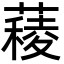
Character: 薐